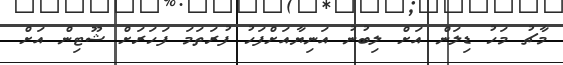
މާޗު މަހު ޑިލަން އަށް ލިބުނު އަނިޔާއަށްފަހު ފުރަތަމަ ފަހަރަށް ޝޫޓިން އަށް